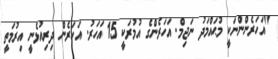
"އަހަރެންންނަކީ މުޙައްމަދު ނަޖިމް. އަހަރެންގެ އުމުރަކީ 15 އަހަރު. އަހަރެން ދިރިއުޅެނީ އިރުމަތީ